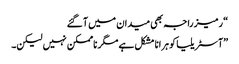
“ رمیز راجہ بھی میدان میں آ گئے
”آسٹریلیا کو ہرانا مشکل ہے مگر ناممکن نہیں لیکن۔